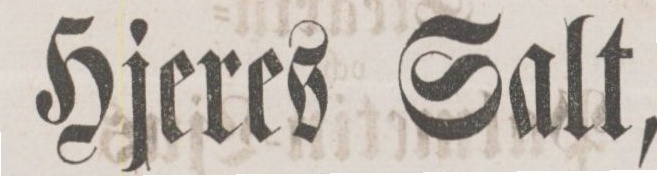
Hjeres Salt,